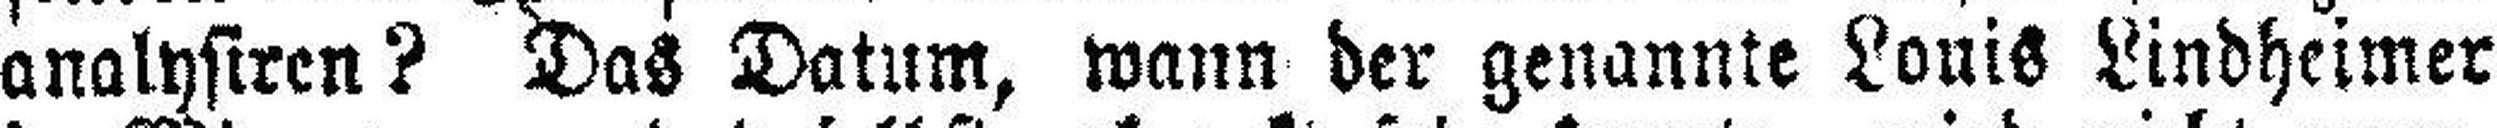
analysiren? Das Datum, wann der genannte Louis Lindheimer